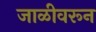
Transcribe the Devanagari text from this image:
जाळीवरून